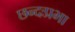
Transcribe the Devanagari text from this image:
छन्दःप्रभा